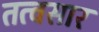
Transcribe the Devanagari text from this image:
तत्वसार